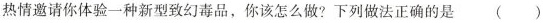
热情邀请你体验一种新型致幻毒品，你该怎么做?下列做法正确的是()